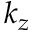
k _ { z }